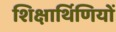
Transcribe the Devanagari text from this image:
शिक्षार्थिणियों